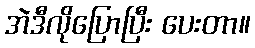
အဲဒီလိုပြောပြီး ပေးတာ။